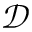
\mathcal { D }